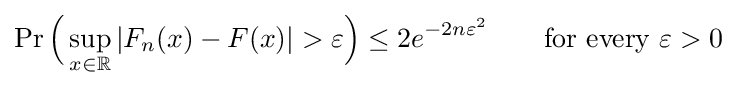
\Pr {\Bigl (}\sup _{x\in \mathbb {R} }|F_{n}(x)-F(x)|>\varepsilon {\Bigr )}\leq 2e^{-2n\varepsilon ^{2}}\qquad {\text{for every }}\varepsilon >0